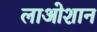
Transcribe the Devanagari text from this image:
लाओशान